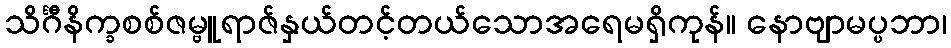
သိင်္ဂီနိက္ခစစ်ဇမ္ဗူရာဇ်နှယ်တင့်တယ်သောအရေမရှိကုန်။ နောဗျာမပ္ပဘာ၊